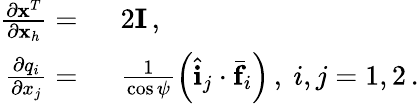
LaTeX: \begin{array}{rl}{\frac{\partial{\mathbf x}^{T}}{\partial{\mathbf x}_{h}}=\ }&{{}2{\mathbf I}\, ,}\\ {\frac{\partial q_{i}}{\partial x_{j}}=\ }&{{}\frac{1}{\cos\psi}\left(\hat{\mathbf i}_{j}\cdot\bar{\mathbf f}_{i}\right)\, ,\ i,j=1,2\, .}\end{array}